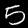
Label: 5